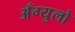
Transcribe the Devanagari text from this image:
अँग्युलो